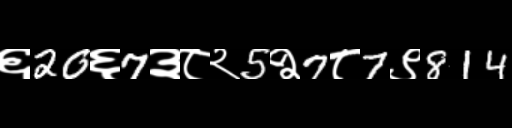
Text: ६20६7३८२5२7८7९814